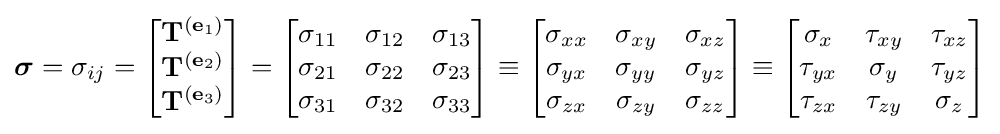
{\boldsymbol {\sigma }}=\sigma _{ij}=\left[{\begin{matrix}\mathbf {T} ^{(\mathbf {e} _{1})}\\\mathbf {T} ^{(\mathbf {e} _{2})}\\\mathbf {T} ^{(\mathbf {e} _{3})}\\\end{matrix}}\right]=\left[{\begin{matrix}\sigma _{11}&\sigma _{12}&\sigma _{13}\\\sigma _{21}&\sigma _{22}&\sigma _{23}\\\sigma _{31}&\sigma _{32}&\sigma _{33}\\\end{matrix}}\right]\equiv \left[{\begin{matrix}\sigma _{xx}&\sigma _{xy}&\sigma _{xz}\\\sigma _{yx}&\sigma _{yy}&\sigma _{yz}\\\sigma _{zx}&\sigma _{zy}&\sigma _{zz}\\\end{matrix}}\right]\equiv \left[{\begin{matrix}\sigma _{x}&\tau _{xy}&\tau _{xz}\\\tau _{yx}&\sigma _{y}&\tau _{yz}\\\tau _{zx}&\tau _{zy}&\sigma _{z}\\\end{matrix}}\right]